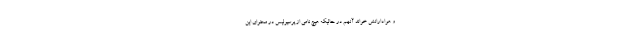
و هوادارانش خواند آنهم در حالیکه هیچ نامی از پرسپولیس در محتوای این